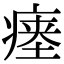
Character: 瘗